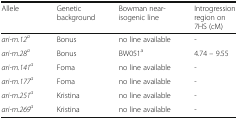
<table><thead><tr><td><b>Allele</b></td><td><b>Genetic background</b></td><td><b>Bowman near-isogenic line</b></td><td><b>Introgression region on 7HS (cM)</b></td></tr></thead><tbody><tr><td><i>ari-m.12</i><sup><i>a</i></sup></td><td>Bonus</td><td>no line available</td><td>-</td></tr><tr><td><i>ari-m.28</i><sup><i>a</i></sup></td><td>Bonus</td><td>BW051<sup>a</sup></td><td>4.74 – 9.55</td></tr><tr><td><i>ari-m.141</i><sup><i>a</i></sup></td><td>Foma</td><td>no line available</td><td>-</td></tr><tr><td><i>ari-m.177</i><sup><i>a</i></sup></td><td>Foma</td><td>no line available</td><td>-</td></tr><tr><td><i>ari-m.251</i><sup><i>a</i></sup></td><td>Kristina</td><td>no line available</td><td>-</td></tr><tr><td><i>ari-m.269</i><sup><i>a</i></sup></td><td>Kristina</td><td>no line available</td><td>-</td></tr></tbody></table>